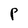
Character: P